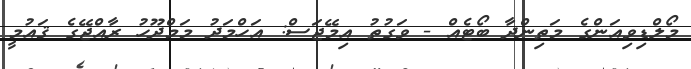
މޯލްޑިވިއަންގެ މަތިންދާ ބޯޓެއް - ވަގުތު އިމޭޖަސް: އަހްމަދު މަމްދޫހު ރާއްޖޭގެ ޤައުމީ